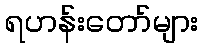
ရဟန်းတော်များ